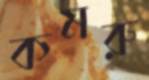
কমরু